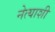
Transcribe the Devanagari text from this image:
नेत्याशी